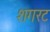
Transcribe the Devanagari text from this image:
शगरट